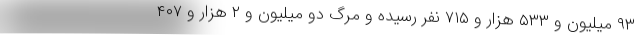
۹۳ میلیون و ۵۳۳ هزار و ۷۱۵ نفر رسیده و مرگ دو میلیون و ۲ هزار و ۴۰۷